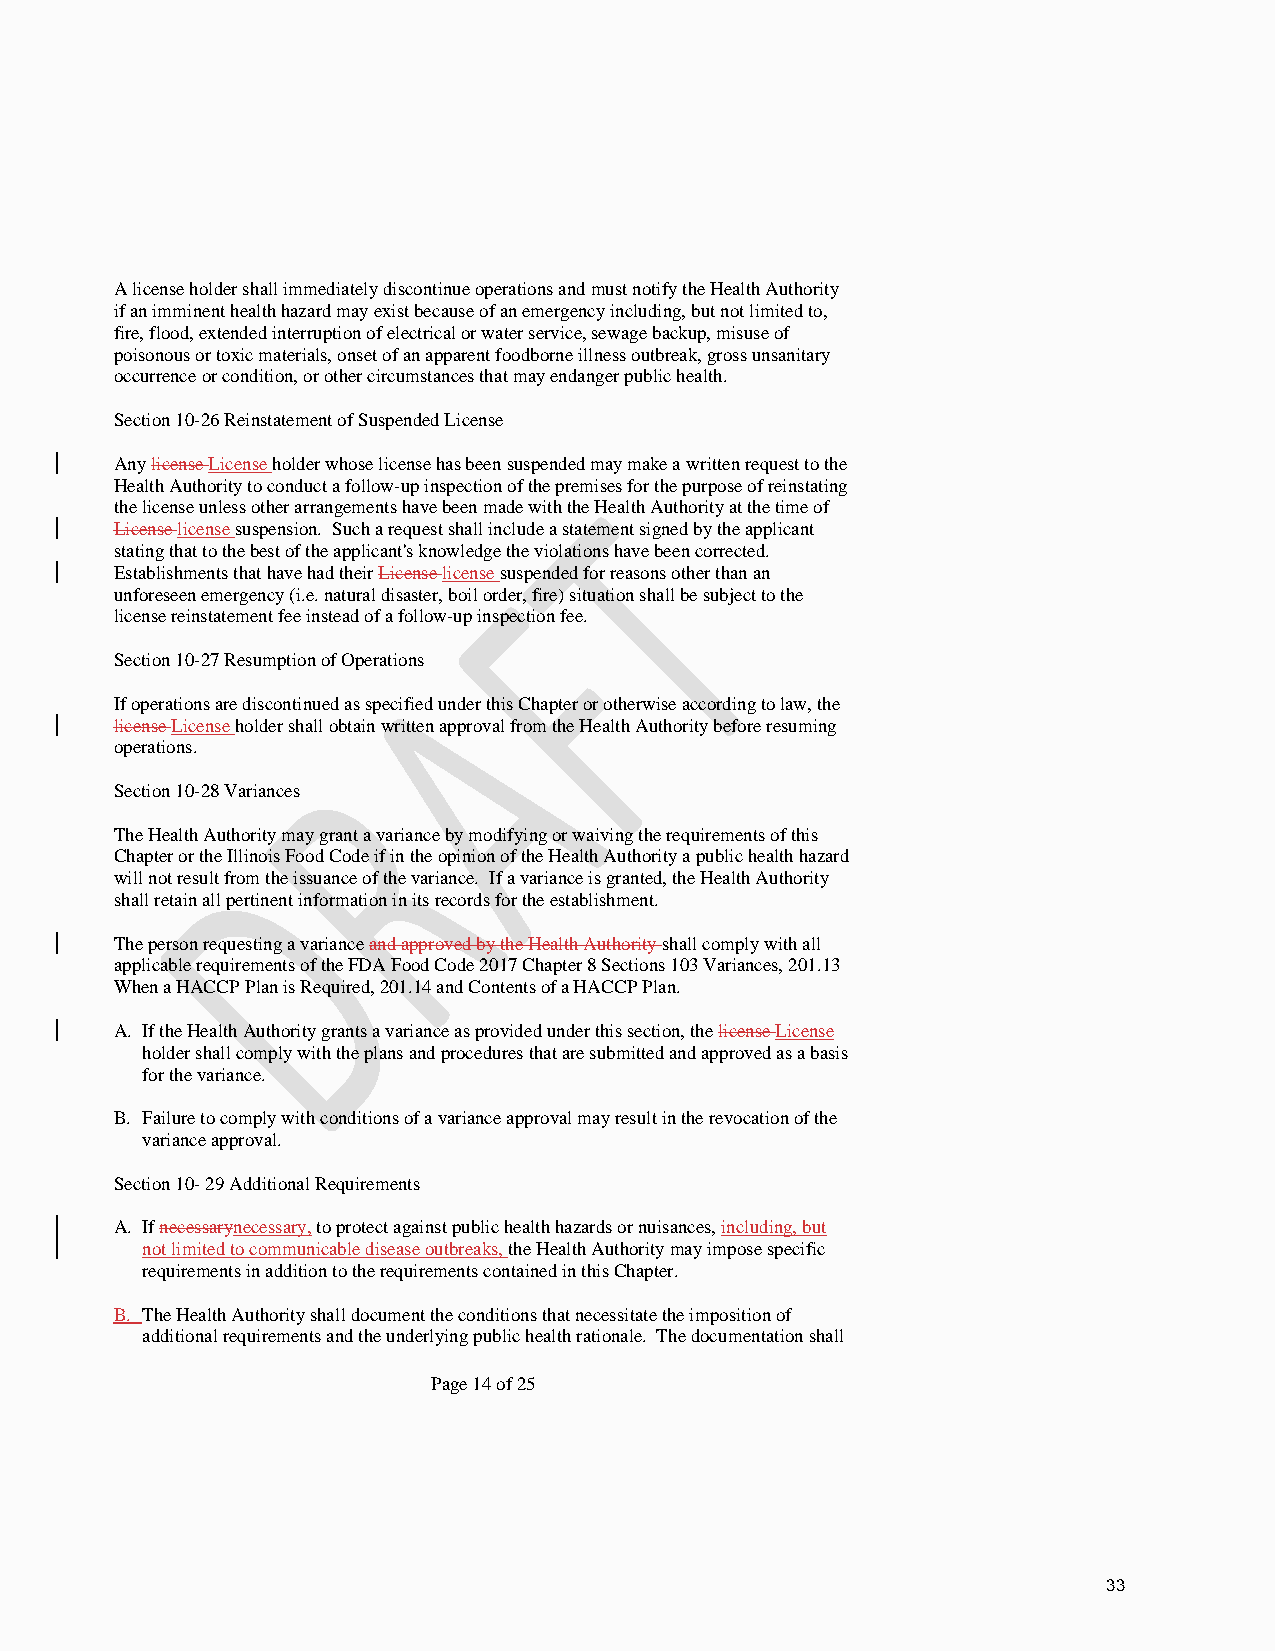
A license holder shall immediately discontinue operations and must notify the Health Authority
 if an imminent health hazard may exist because of an emergency including, but not limited to,
 fire, flood, extended interruption of electrical or water service, sewage backup, misuse of
 poisonous or toxic materials, onset of an apparent foodborne illness outbreak, gross unsanitary
 occurrence or condition, or other circumstances that may endanger public health.
 Section 10-26 Reinstatement of Suspended License
 Any license License holder whose license has been suspended may make a written request to the
 Health Authority to conduct a follow-up inspection of the premises for the purpose of reinstating
 the license unless other arrangements have been made with the Health Authority at the time of
 License license suspension. Such a request shall include a statement signed by the applicant
 stating that to the best of the applicant's knowledge the violations have been corrected.
 Establishments that have had their License license suspended for reasons other than an
 unforeseen emergency (i.e. natural disaster, boil order, fire) situation shall be subject to the
 license reinstatement fee instead of a follow-up inspection fee.
 Section 10-27 Resumption of Operations
 If operations are discontinued as specified under this Chapter or otherwise according to law, the
 license License holder shall obtain written approval from the Health Authority before resuming
 operations.
 Section 10-28 Variances
 The Health Authority may grant a variance by modifying or waiving the requirements of this
 Chapter or the Illinois Food Code if in the opinion of the Health Authority a public health hazard
 will not result from the issuance of the variance. If a variance is granted, the Health Authority
 shall retain all pertinent information in its records for the establishment.
 The person requesting a variance and approved by the Health Authority shall comply with all
 applicable requirements of the FDA Food Code 2017 Chapter 8 Sections 103 Variances, 201.13
 When a HACCP Plan is Required, 201.14 and Contents of a HACCP Plan.
 A. If the Health Authority grants a variance as provided under this section, the license License
 holder shall comply with the plans and procedures that are submitted and approved as a basis
 for the variance.
 B. Failure to comply with conditions of a variance approval may result in the revocation of the
 variance approval.
 Section 10- 29 Additional Requirements
 A. If necessarynecessary, to protect against public health hazards or nuisances, including, but
 not limited to communicable disease outbreaks, the Health Authority may impose specific
 requirements in addition to the requirements contained in this Chapter.
 B. The Health Authority shall document the conditions that necessitate the imposition of
 additional requirements and the underlying public health rationale. The documentation shall
 Page 14 of 25
 33